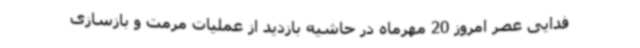
فدایی عصر امروز 20 مهرماه در حاشیه بازدید از عملیات مرمت و بازسازی